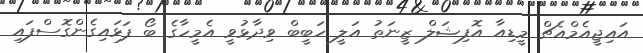
އައިޖީއެމްއެޗް މީޑިއާ އޮފިޝަލް ޒީނަތު އަލީ ހަބީބް ވިދާޅުވީ އެމީހާގެ ބޯ ފަޅައިގެންގޮސްފައި